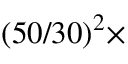
( 5 0 / 3 0 ) ^ { 2 } \times